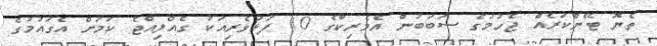
ތެޔޮ ޓޭންކަރެއް ޖެހުމުގެ ސަބަބުން އެމެރިކާގެ 10 ފަޅުވެރިއަކު ގެއްލިއްޖެ ކަމަށް އެގައުމުގެ